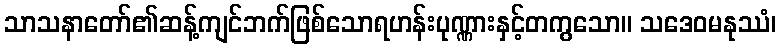
သာသနာတော်၏ဆန့်ကျင်ဘက်ဖြစ်သောရဟန်းပုဏ္ဏားနှင့်တကွသော။ သဒေဝမနုဿံ၊